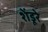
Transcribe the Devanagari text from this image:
शेंडूरे